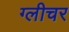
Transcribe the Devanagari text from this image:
ग्लीचर